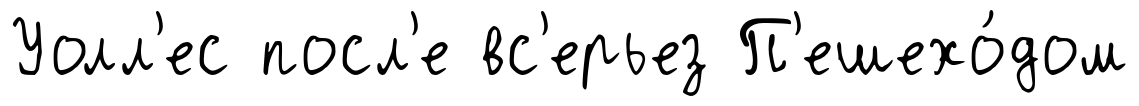
Уолл'ес посл'е вс'ерьез П'ешехо́дом